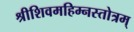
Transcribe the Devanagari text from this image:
श्रीशिवमहिम्नस्तोत्रम्